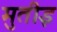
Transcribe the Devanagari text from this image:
मुतीइ